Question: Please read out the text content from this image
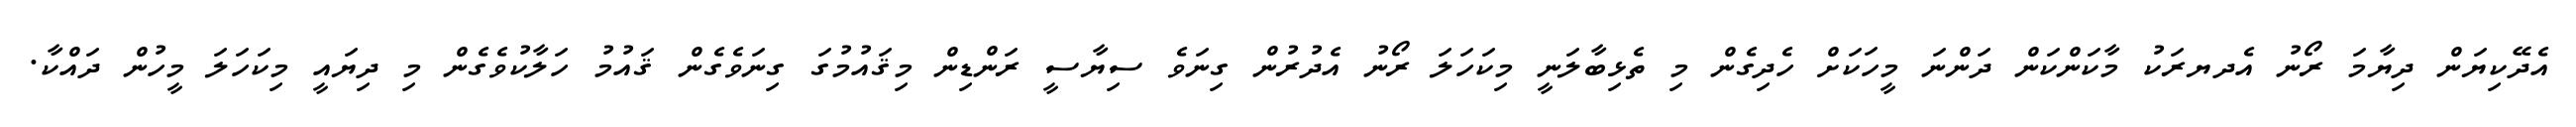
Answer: އެދޭކިޔަން ދިޔާމަ ރޯނު އެދޔރަކު މާކަންކަން ދަންނަ މީހަކަށް ހެދިގެން މި ތެޅިބާލަނީ މިކަހަލަ ރޯނު އެދުރުން ގިނަވެ ސިޔާސީ ރަންޑިން މިޤައުމުގަ ގިނަވެގެން ޤައުމު ހަލާކުވެގެން މި ދިޔައީ މިކަހަލަ މީހުން ދައްކާ.